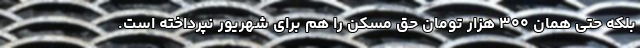
بلکه حتی همان ۳۰۰ هزار تومان حق مسکن را هم برای شهریور نپرداخته است.